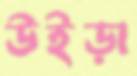
উইড়া